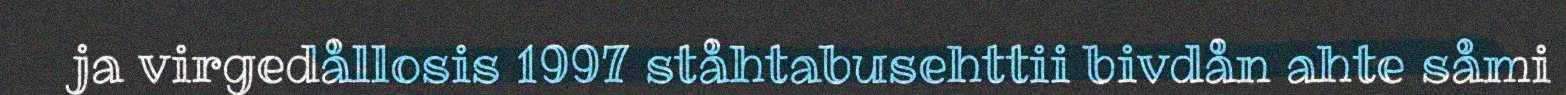
ja virgedållosis 1997 ståhtabusehttii bivdån ahte såmi